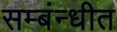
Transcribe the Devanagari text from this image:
सम्बंन्धीत